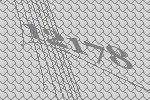
12178